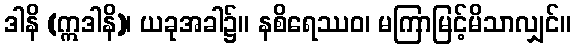
ဒါနိ (ဣဒါနိ)၊ ယခုအခါ၌။ နစိရေဿဝ၊ မကြာမြင့်မိသာလျှင်။